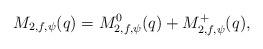
LaTeX: \begin{align*}M_{2,f,\psi}(q)=M_{2,f,\psi}^0(q)+M_{2,f,\psi}^{+}(q),\end{align*}